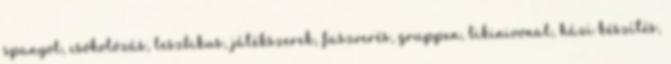
spanyol, csókolózás, leszbikus, játékszerek, faszverés, gruppen, bikinivonal, házi készítés,